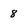
Character: 8